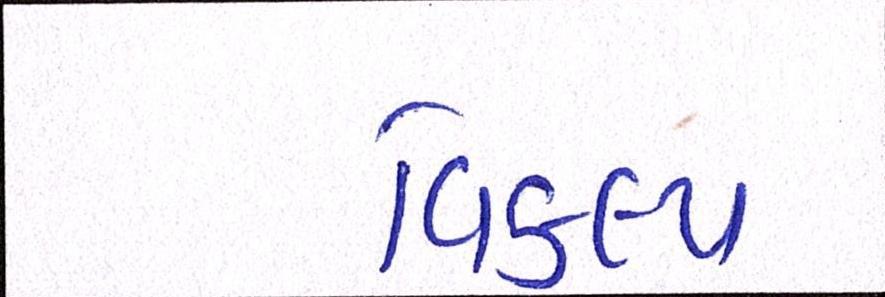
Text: વિકલ્પ